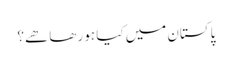
پاکستان میں کیا ہو رھا ھے؟